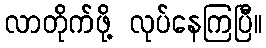
လာတိုက်ဖို့ လုပ်နေကြပြီ။